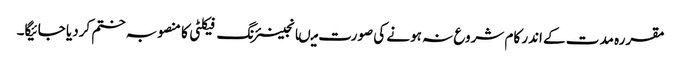
مقررہ مدت کے اندر کام شروع نہ ہونے کی صورت میںانجینئرنگ فیکلٹی کا منصوبہ ختم کردیا جائیگا۔